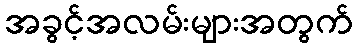
အခွင့်အလမ်းများအတွက်